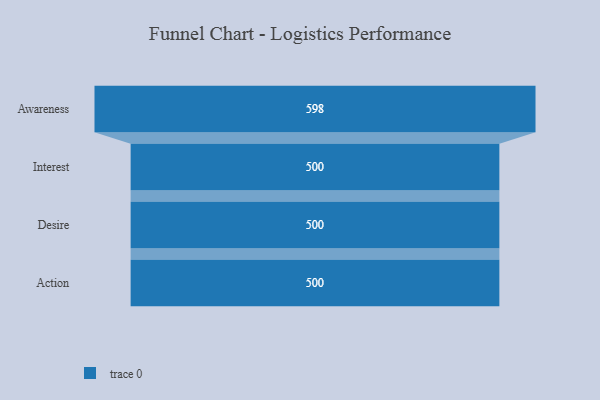
{"axis": {"x": "Stage", "y": "Value"}, "legend": [""], "data": [{"x": "Awareness", "y": 598.0, "type": ""}, {"x": "Interest", "y": 500, "type": ""}, {"x": "Desire", "y": 500, "type": ""}, {"x": "Action", "y": 500, "type": ""}]}